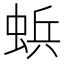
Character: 𮔐